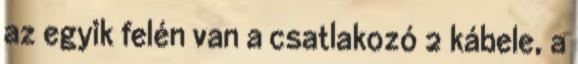
az egyik felén van a csatlakozó 2 kábele, a